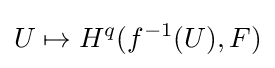
U\mapsto H^{q}(f^{-1}(U),F)